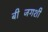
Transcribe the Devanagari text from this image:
बीजिंगशी